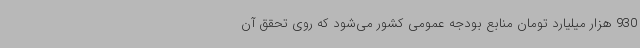
930 هزار میلیارد تومان منابع بودجه عمومی کشور می‌شود که روی تحقق آن